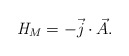
\begin{align*}{\it H}_M = - \vec{j}\cdot \vec{A}. \end{align*}